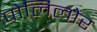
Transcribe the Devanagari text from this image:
पोलिलोर